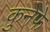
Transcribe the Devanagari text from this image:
कुनेफे